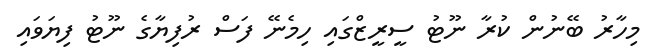
މިހާރު ބޭނުން ކުރާ ނޫޓު ސީރީޒްގައި ހިމެނޭ ފަސް ރުފިޔާގެ ނޫޓު ފިޔަވައި